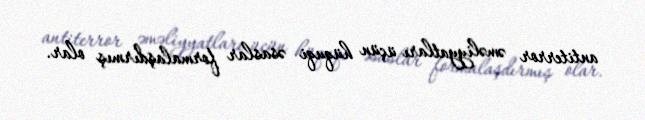
antiterror əməliyyatları üçün hüquqi əsaslar formalaşdırmış olar.